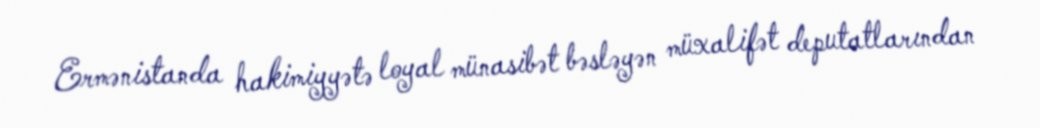
Ermənistanda hakimiyyətə loyal münasibət bəsləyən müxalifət deputatlarından